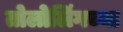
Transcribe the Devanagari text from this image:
तोलोलिंगच्या